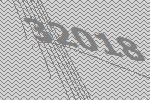
32018